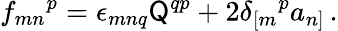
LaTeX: f_{mn}{}^{p}=\epsilon_{mnq}\mathsf{Q}^{qp}+2\delta_{[m}{}^{p}a_{n]}\, .